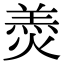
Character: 𦎟